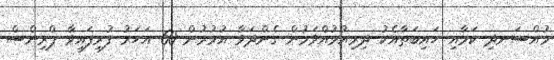
މުއްސަނދި ކަމާއި ހައިބަތާއެކު ދިރިއުޅުއްވަމުން ގެންދަވާ އުމުރުން 60 އަހަރު ފުރިފައިވާ ޕްރިންސް